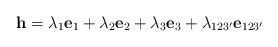
LaTeX: \begin{align*}\mathbf{h}=\lambda_{1}\mathbf{e}_1+\lambda_{2}\mathbf{e}_2+\lambda_{3}\mathbf{e}_3+\lambda_{123'}\mathbf{e}_{123'}\end{align*}